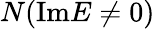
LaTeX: N(\mathrm{Im}E\neq 0)